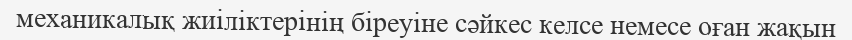
механикалық жиіліктерінің біреуіне сәйкес келсе немесе оған жақын